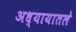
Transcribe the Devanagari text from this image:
अध्‍यायातले